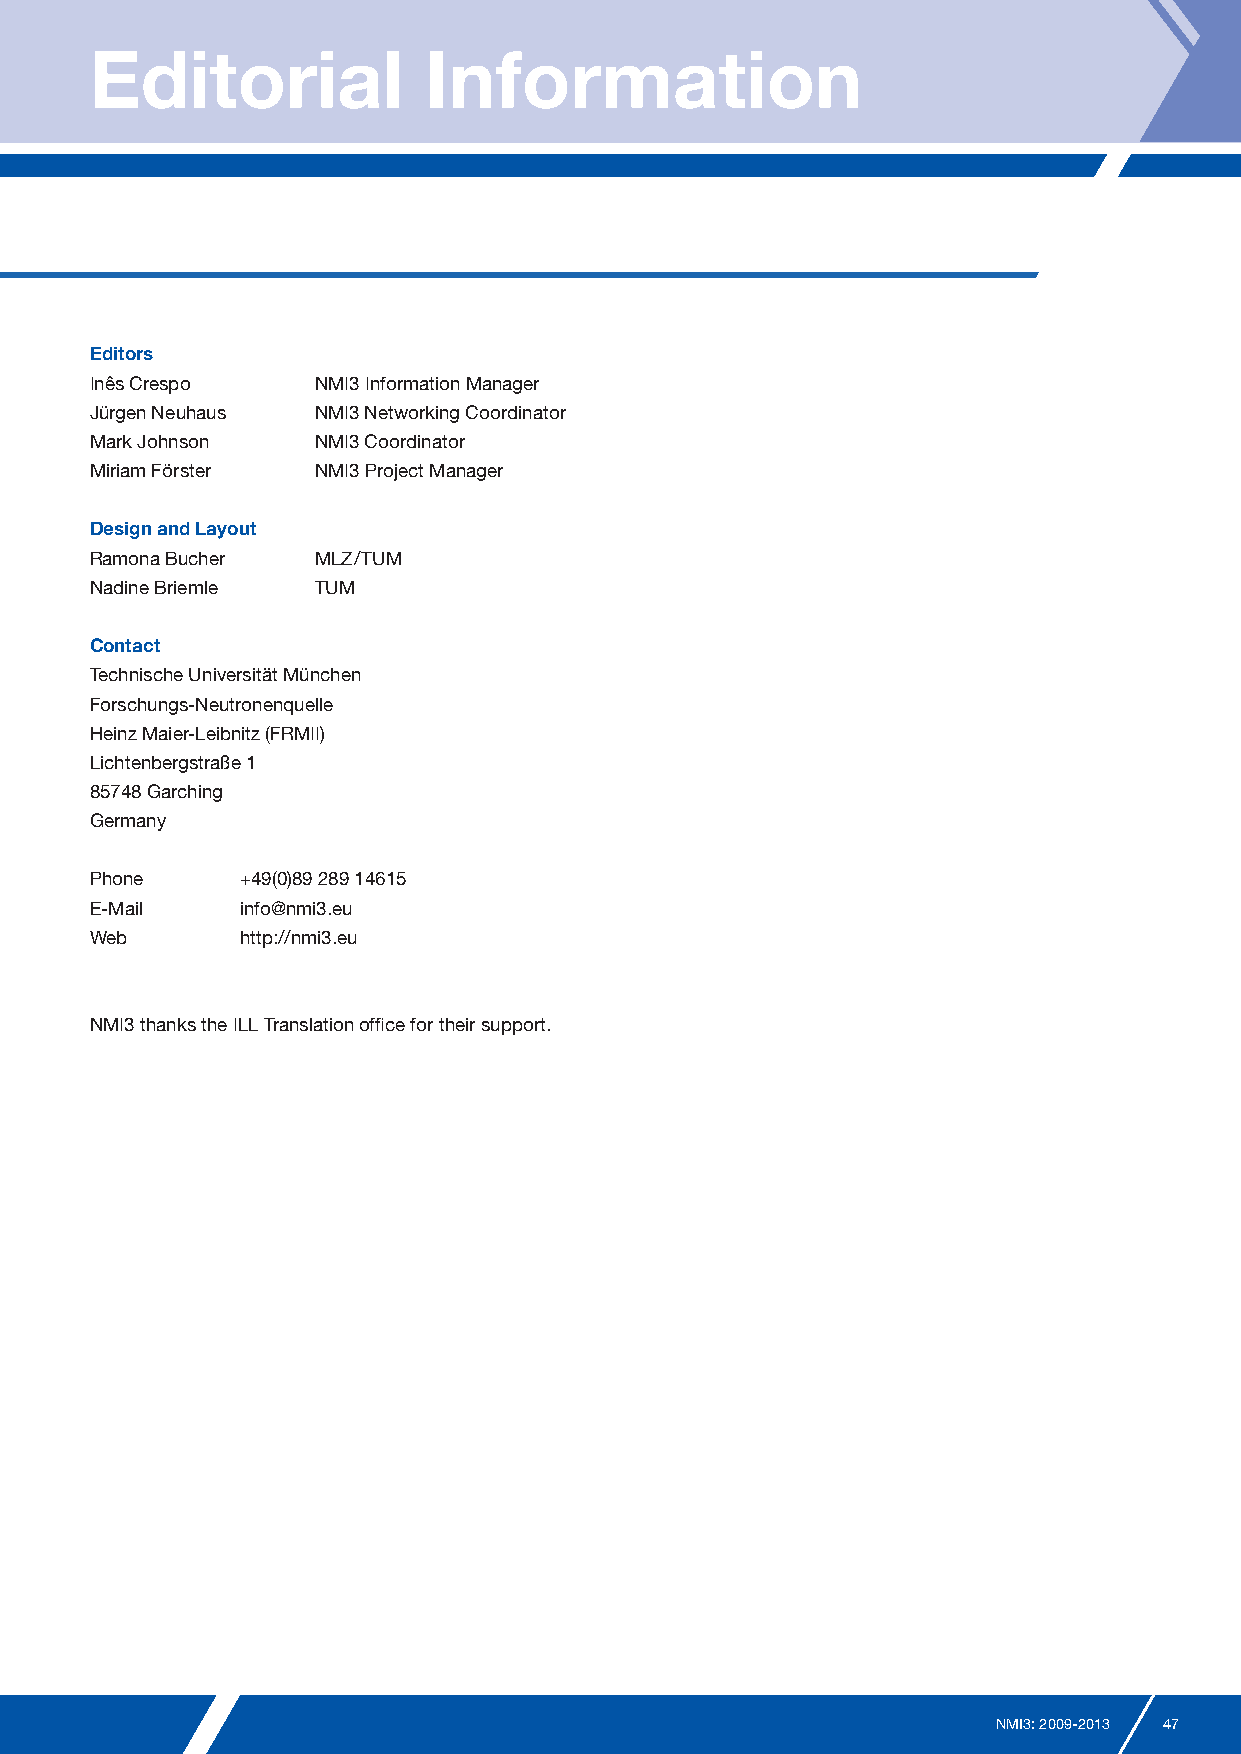
Editorial             Information
 Editors
 Inês Crespo    NMI3 Information Manager
 Jürgen Neuhaus NMI3 Networking Coordinator
 Mark Johnson   NMI3 Coordinator
 Miriam Förster NMI3 Project Manager
 Design and Layout
 Ramona Bucher  MLZ/TUM
 Nadine Briemle TUM
 Contact
 Technische Universität München
 Forschungs-Neutronenquelle
 Heinz Maier-Leibnitz (FRMII)
 Lichtenbergstraße 1
 85748 Garching
 Germany
 Phone     +49(0)89 289 14615
 E-Mail    info@nmi3.eu
 Web       http://nmi3.eu
 NMI3 thanks the ILL Translation office for their support.
 NMI3: 2009-2013 47